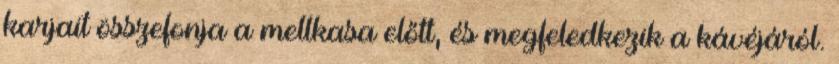
karjait összefonja a mellkasa előtt, és megfeledkezik a kávéjáról.